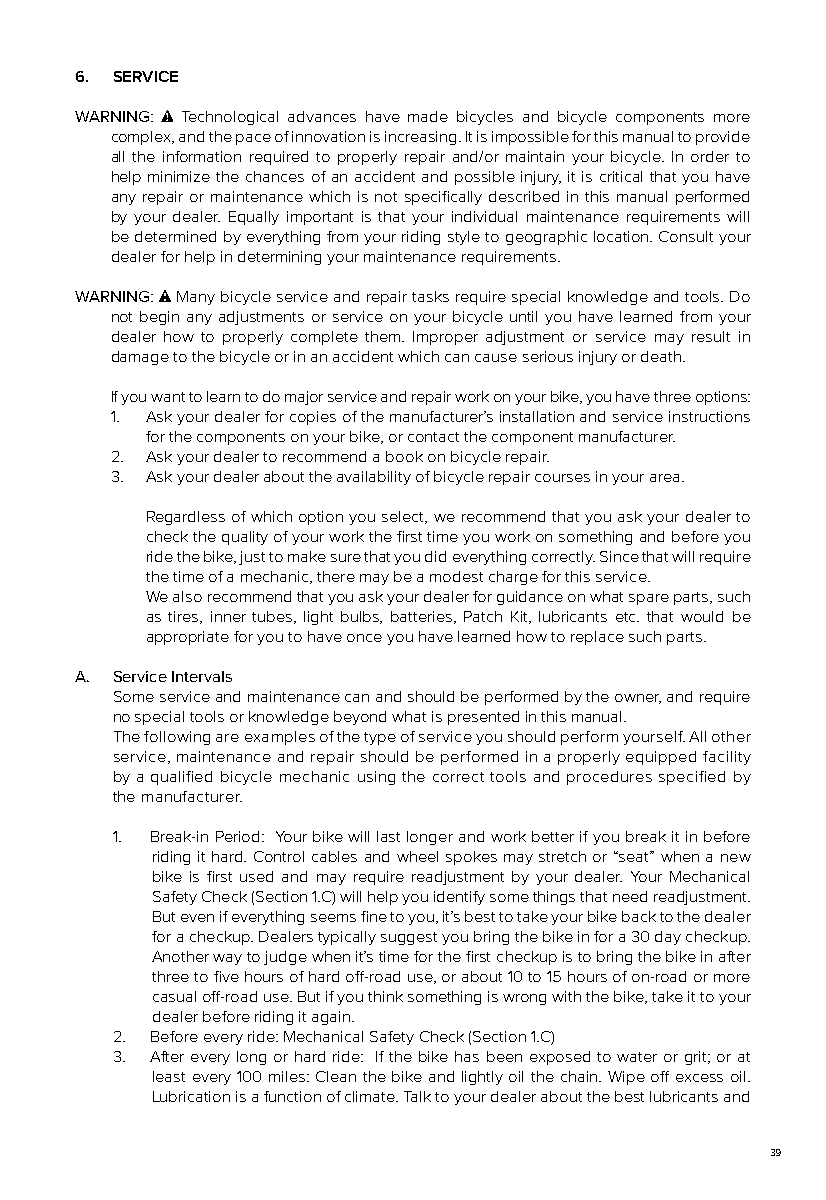
6. SERVICE
 WARNING: Technological advances have made bicycles and bicycle components more
 complex, and the pace of innovation is increasing. It is impossible for this manual to provide
 all the information required to properly repair and/or maintain your bicycle. In order to
 help minimize the chances of an accident and possible injury, it is critical that you have
 any repair or maintenance which is not specifically described in this manual performed
 by your dealer. Equally important is that your individual maintenance requirements will
 be determined by everything from your riding style to geographic location. Consult your
 dealer for help in determining your maintenance requirements.
 WARNING: Many bicycle service and repair tasks require special knowledge and tools. Do
 not begin any adjustments or service on your bicycle until you have learned from your
 dealer how to properly complete them. Improper adjustment or service may result in
 damage to the bicycle or in an accident which can cause serious injury or death.
 If you want to learn to do major service and repair work on your bike, you have three options:
 1. Ask your dealer for copies of the manufacturer’s installation and service instructions
 for the components on your bike, or contact the component manufacturer.
 2. Ask your dealer to recommend a book on bicycle repair.
 3. Ask your dealer about the availability of bicycle repair courses in your area.
 Regardless of which option you select, we recommend that you ask your dealer to
 check the quality of your work the first time you work on something and before you
 ride the bike, just to make sure that you did everything correctly. Since that will require
 the time of a mechanic, there may be a modest charge for this service.
 We also recommend that you ask your dealer for guidance on what spare parts, such
 as tires, inner tubes, light bulbs, batteries, Patch Kit, lubricants etc. that would be
 appropriate for you to have once you have learned how to replace such parts.
 A. Service Intervals
 Some service and maintenance can and should be performed by the owner, and require
 no special tools or knowledge beyond what is presented in this manual.
 The following are examples of the type of service you should perform yourself. All other
 service, maintenance and repair should be performed in a properly equipped facility
 by a qualified bicycle mechanic using the correct tools and procedures specified by
 the manufacturer.
 1. Break-in Period: Your bike will last longer and work better if you break it in before
 riding it hard. Control cables and wheel spokes may stretch or “seat” when a new
 bike is first used and may require readjustment by your dealer. Your Mechanical
 Safety Check (Section 1.C) will help you identify some things that need readjustment.
 But even if everything seems fine to you, it’s best to take your bike back to the dealer
 for a checkup. Dealers typically suggest you bring the bike in for a 30 day checkup.
 Another way to judge when it’s time for the first checkup is to bring the bike in after
 three to five hours of hard off-road use, or about 10 to 15 hours of on-road or more
 casual off-road use. But if you think something is wrong with the bike, take it to your
 dealer before riding it again.
 2. Before every ride: Mechanical Safety Check (Section 1.C)
 3. After every long or hard ride: If the bike has been exposed to water or grit; or at
 least every 100 miles: Clean the bike and lightly oil the chain. Wipe off excess oil.
 Lubrication is a function of climate. Talk to your dealer about the best lubricants and
 39